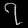
Digit: ၇